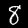
Label: 8